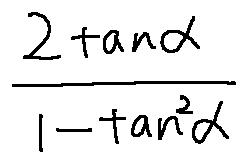
\frac { 2 \tan \alpha } { 1 - \tan ^ { 2 } \alpha }